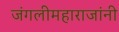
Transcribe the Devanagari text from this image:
जंगलीमहाराजांनी